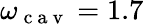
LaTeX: \omega_{\mathrm{~c~a~v~}}=1.7